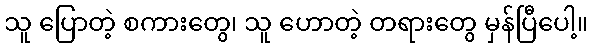
သူ ပြောတဲ့ စကားတွေ၊ သူ ဟောတဲ့ တရားတွေ မှန်ပြီပေါ့။